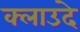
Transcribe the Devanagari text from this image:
क्लाउदे